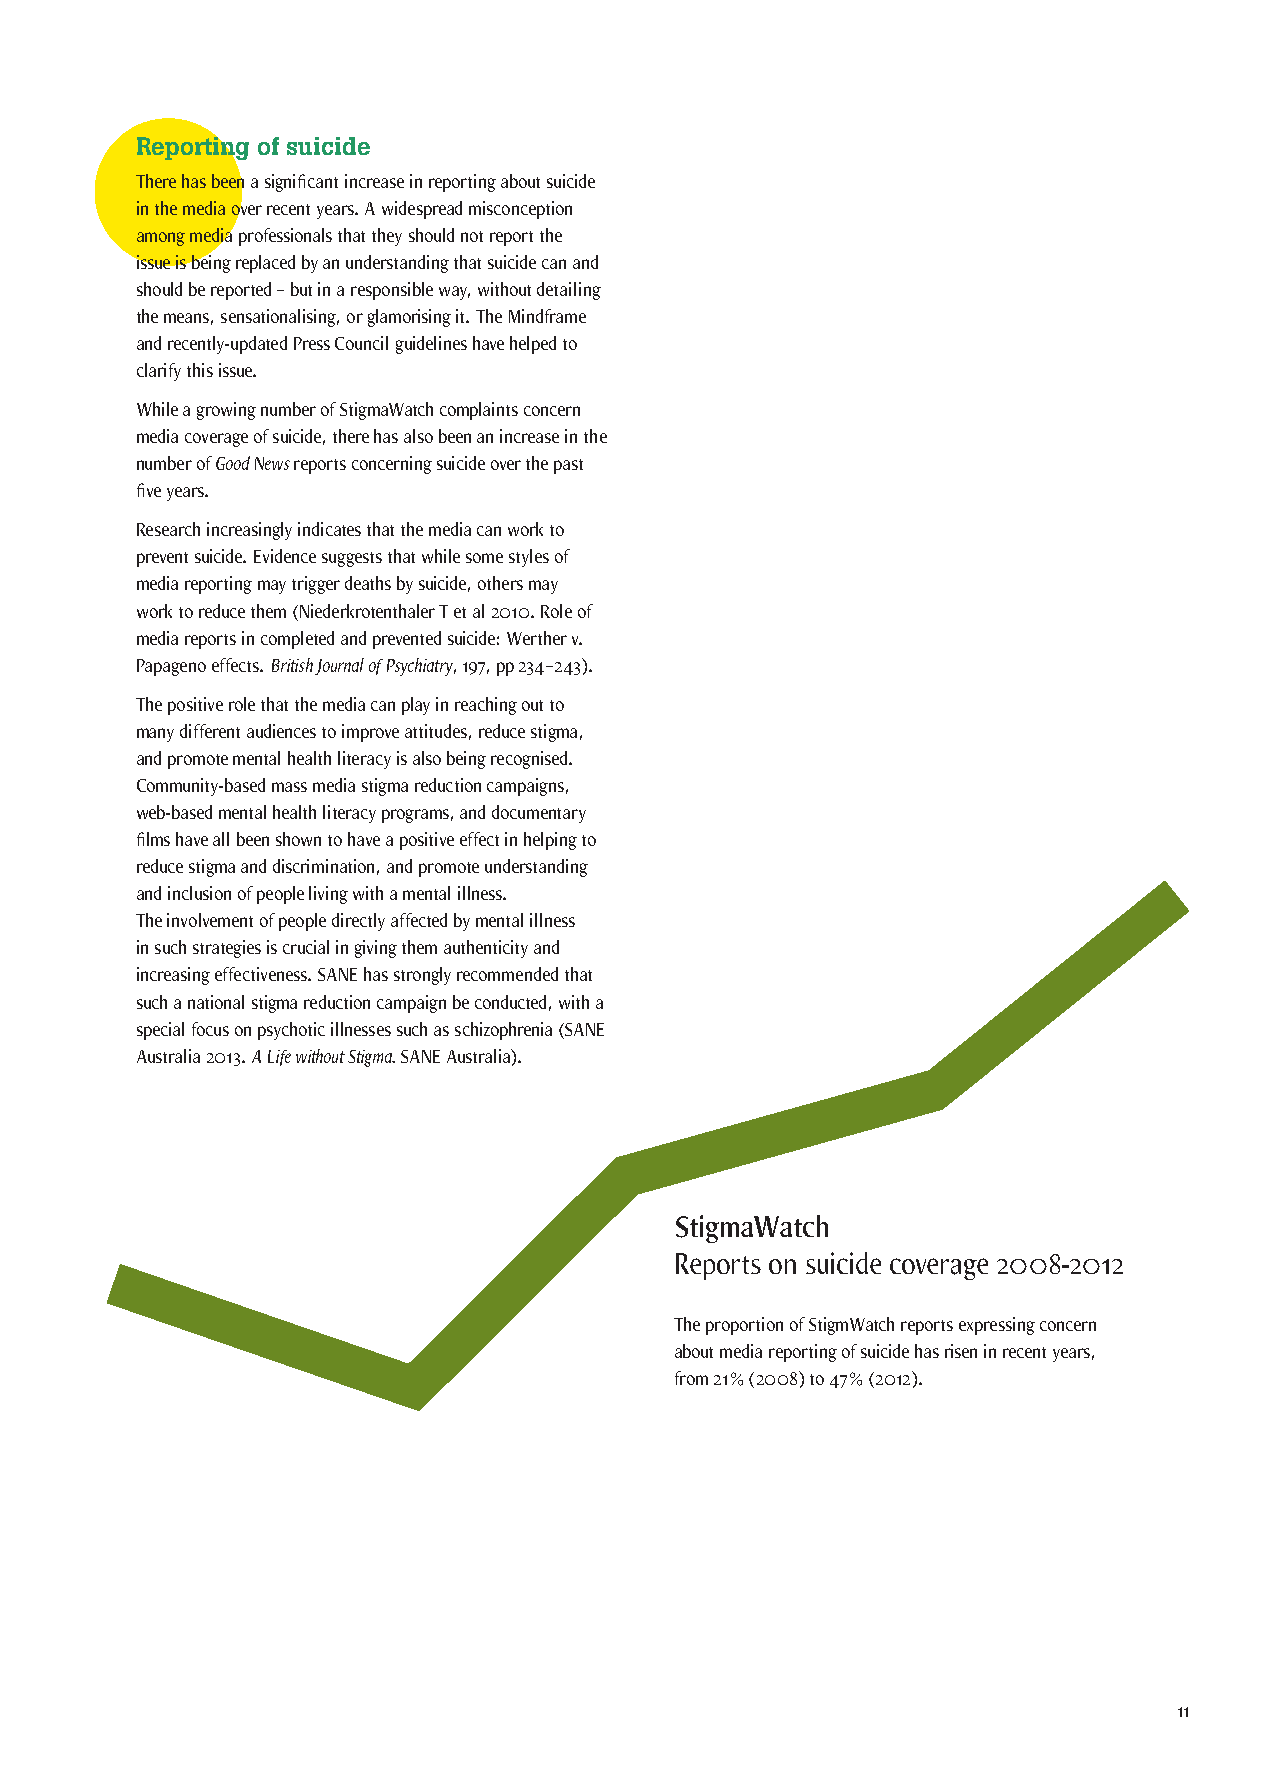
Reporting of suicide
 There has been a significant increase in reporting about suicide
 in the media over recent years. A widespread misconception
 among media professionals that they should not report the
 issue is being replaced by an understanding that suicide can and
 should be reported – but in a responsible way, without detailing
 the means, sensationalising, or glamorising it. The Mindframe
 and recently-updated Press Council guidelines have helped to
 clarify this issue.
 While a growing number of StigmaWatch complaints concern
 media coverage of suicide, there has also been an increase in the
 number of Good News reports concerning suicide over the past
 five years.
 Research increasingly indicates that the media can work to
 prevent suicide. Evidence suggests that while some styles of
 media reporting may trigger deaths by suicide, others may
 work to reduce them (Niederkrotenthaler T et al 2010. Role of
 media reports in completed and prevented suicide: Werther v.
 Papageno effects. British Journal of Psychiatry, 197, pp 234–243).
 The positive role that the media can play in reaching out to
 many different audiences to improve attitudes, reduce stigma,
 and promote mental health literacy is also being recognised.
 Community-based mass media stigma reduction campaigns,
 web-based mental health literacy programs, and documentary
 films have all been shown to have a positive effect in helping to
 reduce stigma and discrimination, and promote understanding
 and inclusion of people living with a mental illness.
 The involvement of people directly affected by mental illness
 in such strategies is crucial in giving them authenticity and
 increasing effectiveness. SANE has strongly recommended that
 such a national stigma reduction campaign be conducted, with a
 special focus on psychotic illnesses such as schizophrenia (SANE
 Australia 2013. A Life without Stigma. SANE Australia).
 StigmaWatch
 Reports on suicide coverage 2008-2012
 The proportion of StigmWatch reports expressing concern
 about media reporting of suicide has risen in recent years,
 from 21% (2008) to 47% (2012).
 11